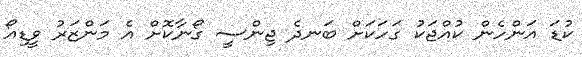
ކުޑަ އަންހެން ކުއްޖަކު ގަހަކަށް ބަނދެ ޖިންސީ ގޯނާކޮށް އެ މަންޒަރު ވީޑިއޯ